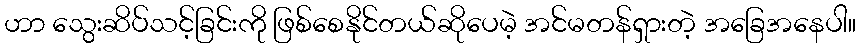
ဟာ သွေးဆိပ်သင့်ခြင်းကို ဖြစ်စေနိုင်တယ်ဆိုပေမဲ့ အင်မတန်ရှားတဲ့ အခြေအနေပါ။